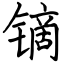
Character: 镝